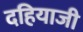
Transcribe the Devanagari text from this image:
दहियाजी